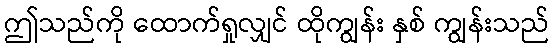
ဤသည်ကို ထောက်ရှုလျှင် ထိုကျွန်း နှစ် ကျွန်းသည်